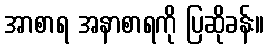
အာစာရ အနာစာရကို ပြဆိုခန်း။